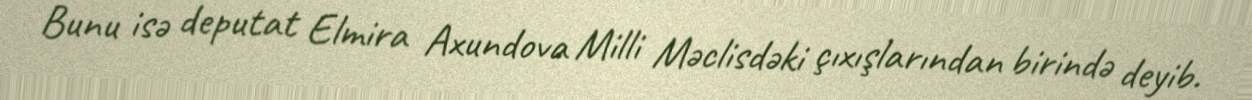
Bunu isə deputat Elmira Axundova Milli Məclisdəki çıxışlarından birində deyib.